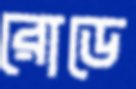
রোডে